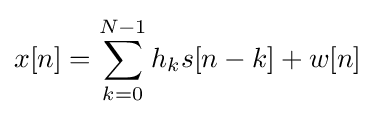
x[n]=\sum _{k=0}^{N-1}h_{k}s[n-k]+w[n]